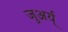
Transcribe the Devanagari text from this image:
जुअर्य्